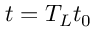
t = T _ { L } t _ { 0 }